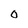
Character: 0